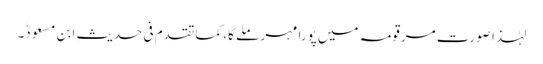
لہٰذا صورتِ مرقومہ میں پورا مہر ملے گا، کما تقدم فی حدیثِ ابن مسعودؓ۔